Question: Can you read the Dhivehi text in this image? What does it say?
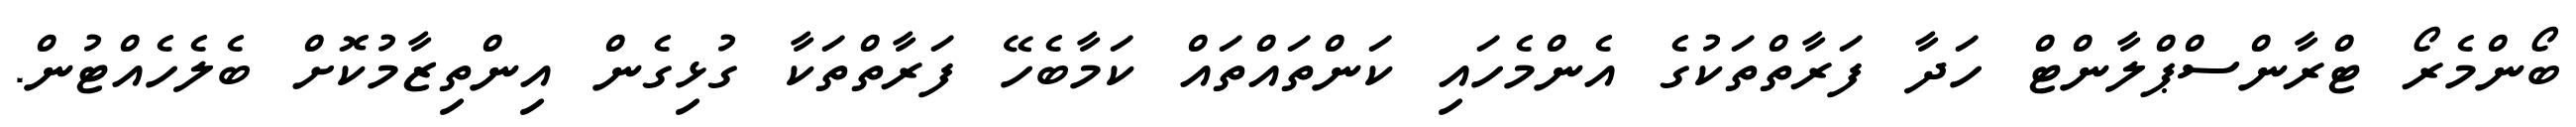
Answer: ބޯންމެރޯ ޓްރާންސްޕްލާންޓް ހަދާ ފަރާތްތަކުގެ އެންމެހައި ކަންތައްތައް ކަމާބެހޭ ފަރާތްތަކާ ގުޅިގެން އިންތިޒާމުކޮށް ބެލެހެއްޓުން.